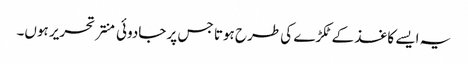
یہ ایسے کاغذ کے ٹکڑے کی طرح ہوتا جس پر جادوئی منتر تحریر ہوں۔